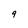
Character: 9